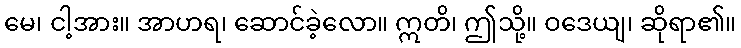
မေ၊ ငါ့အား။ အာဟရ၊ ဆောင်ခဲ့လော။ ဣတိ၊ ဤသို့။ ဝဒေယျ၊ ဆိုရာ၏။